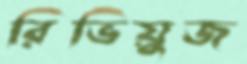
রিভিয়ুজ